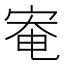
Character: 𫳑